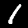
Label: 1